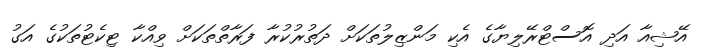
އޭޝިއާ އަދި އޮސްޓްރޭލިޔާގެ އެކި މަންޒިލުތަކަށް ދަތުރުކުރާ ފަރާތްތަކަށް ވިއްކާ ޓިކެޓުތަކުގެ އަގު